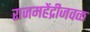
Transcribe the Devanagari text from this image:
राजमहेंद्रीजवळ